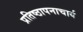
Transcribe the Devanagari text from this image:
प्रतिष्ठापनाचार्य